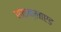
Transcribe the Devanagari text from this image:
साइक्लाएड